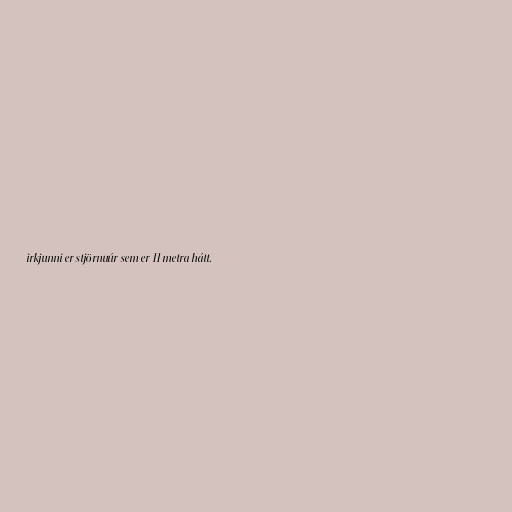
irkjunni er stjörnuúr sem er 11 metra hátt.